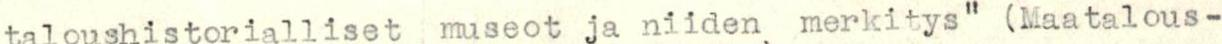
taloushistorialliset museot ja niiden merkitys" (Maatalous-